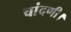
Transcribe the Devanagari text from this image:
चांदणी।